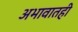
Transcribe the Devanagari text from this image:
अभावातही